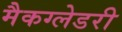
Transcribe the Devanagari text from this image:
मैकग्लेडरी